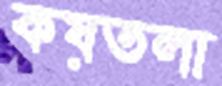
কয়তলা